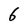
Character: 6